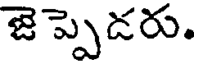
జెప్పెడరు.